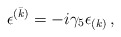
\begin{align*}\epsilon^{(\bar k)} = -i\gamma_5 \epsilon_{(k)}\, ,\end{align*}